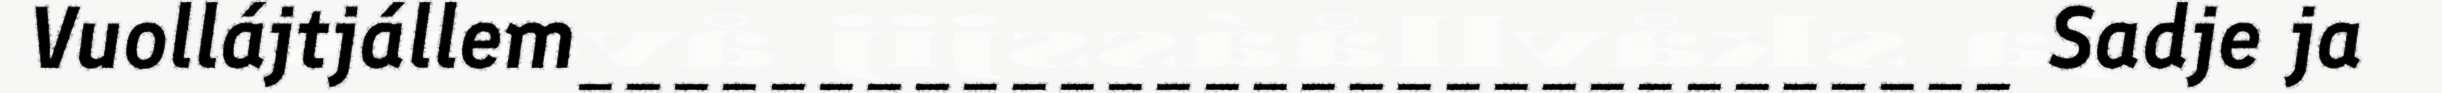
Vuollájtjállem______________________________ Sadje ja